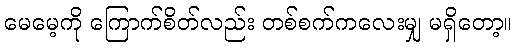
မေမေ့ကို ကြောက်စိတ်လည်း တစ်စက်ကလေးမျှ မရှိတော့။